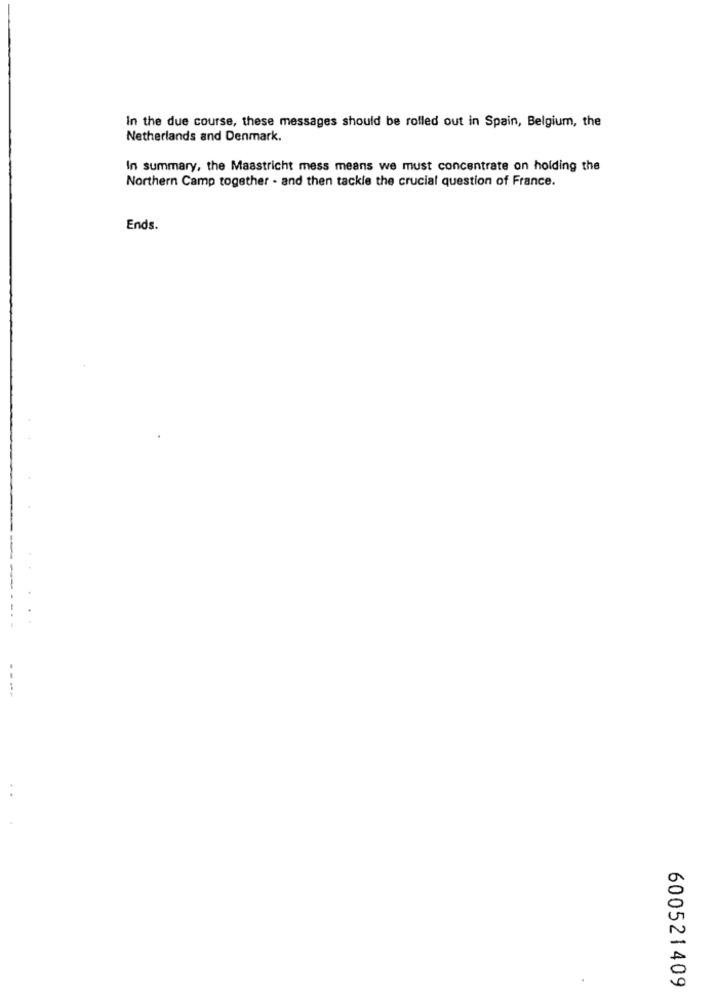
In the due course, these messages should be rolled out in Spain, Belgium, the
Netherlands and Denmark.
In summary, the Maastricht mess means we must concentrate on holding the
Northern Camp together - and then tackle the crucial question of France.
Ends.
--
600521409